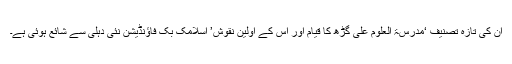
ان کی تازہ تصنیف ‘مدرسۃ العلوم علی گڑھ کا قیام اور اس کے اوّلین نقوش’ اسلامک بک فاؤنڈیشن نئی دہلی سے شائع ہوئی ہے۔